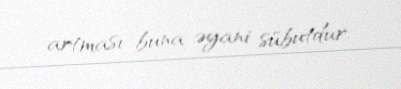
artması buna əyani sübutdur.